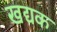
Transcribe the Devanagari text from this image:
खद्यक